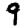
Digit: 9